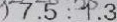
) 7 . 5 : 7 . 3